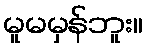
မူမမှန်ဘူး။